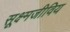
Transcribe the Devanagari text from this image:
सूक्ष्मजीविय